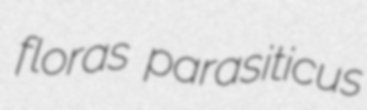
floras parasiticus